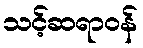
သင့်ဆရာဝန်